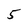
Character: 5